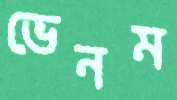
ভেনম